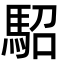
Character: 駋